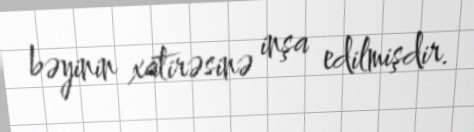
bəyinin xatirəsinə inşa edilmişdir.